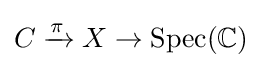
C\xrightarrow {\pi } X\rightarrow {\text{Spec}}(\mathbb {C} )